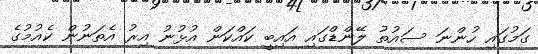
ގަމުގައި ހުންނަ ސައުތު ލޭންޑްގައި އައިބީ ކައްކަން އުޅުނު އިރު އެތަނުން ކެއުމުގެ